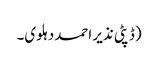
(ڈپٹی نذیر احمددہلوی۔